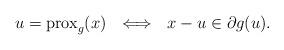
LaTeX: \begin{align*} u = {\rm prox}_g(x)\ \ \Longleftrightarrow \ \ x - u \in \partial g(u).\end{align*}